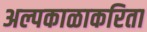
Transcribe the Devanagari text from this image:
अल्पकाळाकरिता